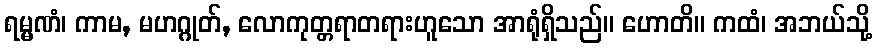
ရမ္မဏံ၊ ကာမ, မဟဂ္ဂုတ်, လောကုတ္တရာတရားဟူသော အာရုံရှိသည်။ ဟောတိ။ ကထံ၊ အဘယ်သို့